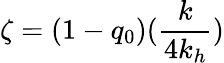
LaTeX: \zeta=(1-q_{0})(\frac{k}{4k_{h}})